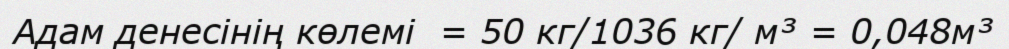
Адам денесінің көлемі  = 50 кг/1036 кг/ м³ = 0,048м³